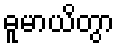
ဓူမာယိတွာ